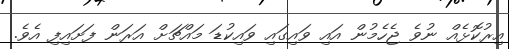
އިރުކޮޅެއް ނުވެ ޖެހެމުން އައި ވައިގައި ވައިކުޑަ މައްޗަށް އަރަން ފަށައިފި އެވެ.